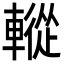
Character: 䡮